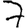
Digit: 7